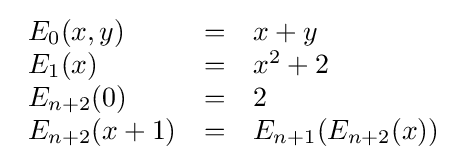
{\begin{array}{lcl}E_{0}(x,y)&=&x+y\\E_{1}(x)&=&x^{2}+2\\E_{n+2}(0)&=&2\\E_{n+2}(x+1)&=&E_{n+1}(E_{n+2}(x))\\\end{array}}